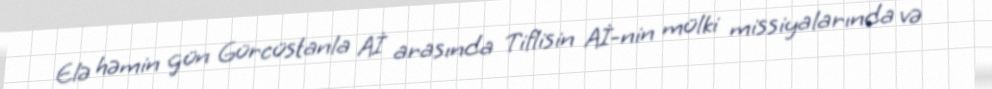
Elə həmin gün Gürcüstanla Aİ arasında Tiflisin Aİ-nin mülki missiyalarında və